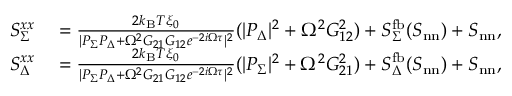
\begin{array} { r l } { S _ { \Sigma } ^ { x x } } & { { } = \frac { 2 k _ { \mathrm { B } } T \xi _ { 0 } } { | P _ { \Sigma } P _ { \Delta } + \Omega ^ { 2 } G _ { 2 1 } G _ { 1 2 } e ^ { - 2 i \Omega \tau } | ^ { 2 } } ( | P _ { \Delta } | ^ { 2 } + \Omega ^ { 2 } G _ { 1 2 } ^ { 2 } ) + S _ { \Sigma } ^ { \mathrm { f b } } ( S _ { \mathrm { n n } } ) + S _ { \mathrm { n n } } , } \\ { S _ { \Delta } ^ { x x } } & { { } = \frac { 2 k _ { \mathrm { B } } T \xi _ { 0 } } { | P _ { \Sigma } P _ { \Delta } + \Omega ^ { 2 } G _ { 2 1 } G _ { 1 2 } e ^ { - 2 i \Omega \tau } | ^ { 2 } } ( | P _ { \Sigma } | ^ { 2 } + \Omega ^ { 2 } G _ { 2 1 } ^ { 2 } ) + S _ { \Delta } ^ { \mathrm { f b } } ( S _ { \mathrm { n n } } ) + S _ { \mathrm { n n } } , } \end{array}